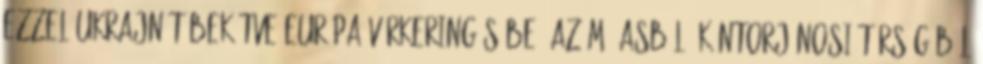
ezzel Ukrajnát bekötve Európa vérkeringésébe. Az M3-asból, Kántorjánosi térségéből